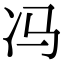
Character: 冯